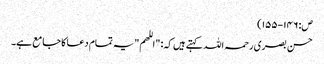
ص: ١٤٦-١٥٥)
حسن بصری رحمہ اللہ کہتے ہیں کہ: "اللھم" یہ تمام دعا کا جامع ہے۔